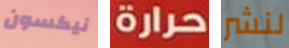
نيكسون حرارة لنشر